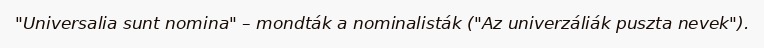
"Universalia sunt nomina" – mondták a nominalisták ("Az univerzáliák puszta nevek").